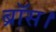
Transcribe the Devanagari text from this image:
ब्रॉस।